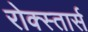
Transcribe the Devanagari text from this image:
रोक्स्तार्स